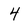
Character: 4